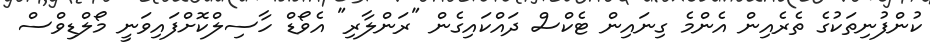
ކުންފުނިތަކުގެ ތެރެއިން އެންމެ ގިނައިން ޓެކްސް ދައްކައިގެން "ރަންލާރި" އެވޯޑް ހާސިލްކޮށްފައިވަނީ މޯލްޑިވްސް